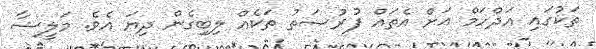
ތަކުގައި އަދްހަމް އަށް އެތައް ފުރުޞަތު ތަކެއް ލިބިގެން ދިޔަ އެވެ. މަލީޝާ